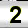
Digit: 2